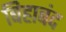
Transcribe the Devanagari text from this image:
बिहाबंद